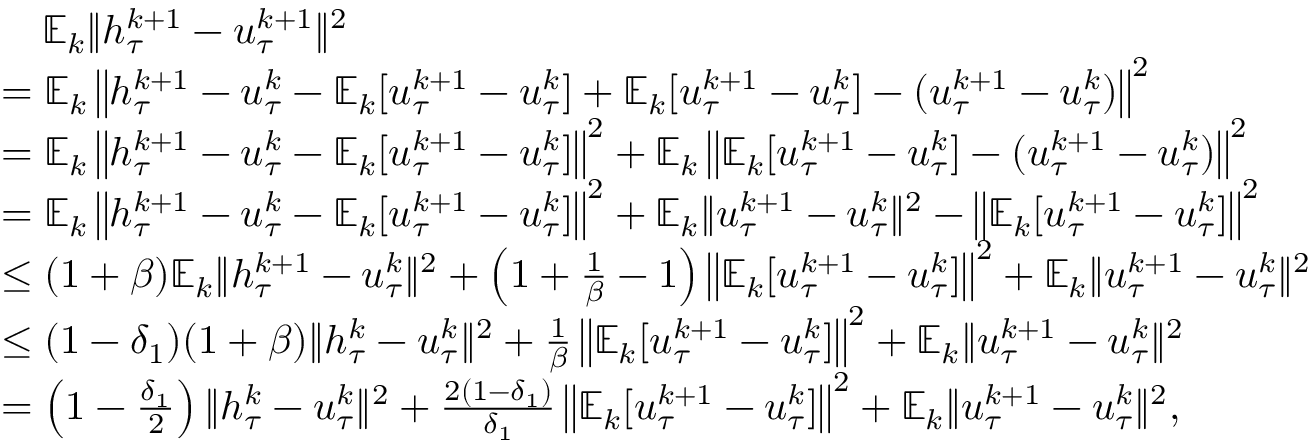
\begin{array} { r l } & { \quad \mathbb { E } _ { k } \| h _ { \tau } ^ { k + 1 } - u _ { \tau } ^ { k + 1 } \| ^ { 2 } } \\ & { = \mathbb { E } _ { k } \left\| h _ { \tau } ^ { k + 1 } - u _ { \tau } ^ { k } - \mathbb { E } _ { k } [ u _ { \tau } ^ { k + 1 } - u _ { \tau } ^ { k } ] + \mathbb { E } _ { k } [ u _ { \tau } ^ { k + 1 } - u _ { \tau } ^ { k } ] - ( u _ { \tau } ^ { k + 1 } - u _ { \tau } ^ { k } ) \right\| ^ { 2 } } \\ & { = \mathbb { E } _ { k } \left\| h _ { \tau } ^ { k + 1 } - u _ { \tau } ^ { k } - \mathbb { E } _ { k } [ u _ { \tau } ^ { k + 1 } - u _ { \tau } ^ { k } ] \right\| ^ { 2 } + \mathbb { E } _ { k } \left\| \mathbb { E } _ { k } [ u _ { \tau } ^ { k + 1 } - u _ { \tau } ^ { k } ] - ( u _ { \tau } ^ { k + 1 } - u _ { \tau } ^ { k } ) \right\| ^ { 2 } } \\ & { = \mathbb { E } _ { k } \left\| h _ { \tau } ^ { k + 1 } - u _ { \tau } ^ { k } - \mathbb { E } _ { k } [ u _ { \tau } ^ { k + 1 } - u _ { \tau } ^ { k } ] \right\| ^ { 2 } + \mathbb { E } _ { k } \| u _ { \tau } ^ { k + 1 } - u _ { \tau } ^ { k } \| ^ { 2 } - \left\| \mathbb { E } _ { k } [ u _ { \tau } ^ { k + 1 } - u _ { \tau } ^ { k } ] \right\| ^ { 2 } } \\ & { \leq ( 1 + \beta ) \mathbb { E } _ { k } \| h _ { \tau } ^ { k + 1 } - u _ { \tau } ^ { k } \| ^ { 2 } + \left( 1 + \frac { 1 } { \beta } - 1 \right) \left\| \mathbb { E } _ { k } [ u _ { \tau } ^ { k + 1 } - u _ { \tau } ^ { k } ] \right\| ^ { 2 } + \mathbb { E } _ { k } \| u _ { \tau } ^ { k + 1 } - u _ { \tau } ^ { k } \| ^ { 2 } } \\ & { \leq ( 1 - \delta _ { 1 } ) ( 1 + \beta ) \| h _ { \tau } ^ { k } - u _ { \tau } ^ { k } \| ^ { 2 } + \frac { 1 } { \beta } \left\| \mathbb { E } _ { k } [ u _ { \tau } ^ { k + 1 } - u _ { \tau } ^ { k } ] \right\| ^ { 2 } + \mathbb { E } _ { k } \| u _ { \tau } ^ { k + 1 } - u _ { \tau } ^ { k } \| ^ { 2 } } \\ & { = \left( 1 - \frac { \delta _ { 1 } } { 2 } \right) \| h _ { \tau } ^ { k } - u _ { \tau } ^ { k } \| ^ { 2 } + \frac { 2 ( 1 - \delta _ { 1 } ) } { \delta _ { 1 } } \left\| \mathbb { E } _ { k } [ u _ { \tau } ^ { k + 1 } - u _ { \tau } ^ { k } ] \right\| ^ { 2 } + \mathbb { E } _ { k } \| u _ { \tau } ^ { k + 1 } - u _ { \tau } ^ { k } \| ^ { 2 } , } \end{array}